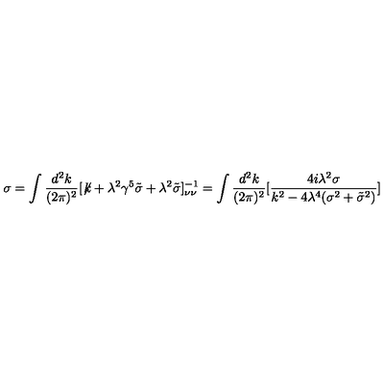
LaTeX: \sigma = \int { \frac { d ^ { 2 } k } { ( 2 \pi ) ^ { 2 } } } [ \not \! k + \lambda ^ { 2 } \gamma ^ { 5 } \tilde { \sigma } + \lambda ^ { 2 } \tilde { \sigma } ] _ { \nu \nu } ^ { - 1 } = \int { \frac { d ^ { 2 } k } { ( 2 \pi ) ^ { 2 } } } [ { \frac { 4 i \lambda ^ { 2 } \sigma } { k ^ { 2 } - 4 \lambda ^ { 4 } ( \sigma ^ { 2 } + \tilde { \sigma } ^ { 2 } ) } } ]